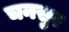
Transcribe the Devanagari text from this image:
चनसुर